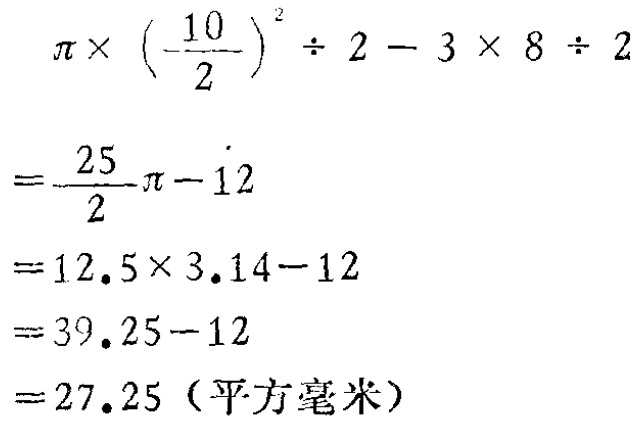
\[

\begin{align*}

&\pi\times\left(-\frac{10}{2}\right)^{2}\div2 - 3\times8\div2\\

=&\frac{25}{2}\pi - 12\\

=&12.5\times3.14 - 12\\

=&39.25 - 12\\

=&27.25 \text{（平方毫米）}

\end{align*}

\]